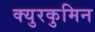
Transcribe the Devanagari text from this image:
क्युरकुमिन